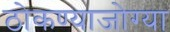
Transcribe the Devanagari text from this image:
ठोकण्याजोग्या